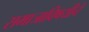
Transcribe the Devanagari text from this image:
समाजाविषयीचे